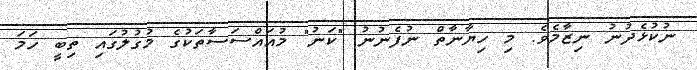
ނުކުޅެދުނު ނިޒާމެވެ. މި ހިޔާނާތް ނުފެނުނު "ކަނު" މުއައްސަސާތަކުގެ މުގުލުގައި ތިބީ ހަމަ